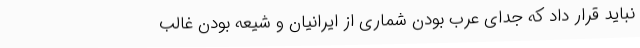
نباید قرار داد که جدای عرب بودن شماری از ایرانیان و شیعه بودن غالب